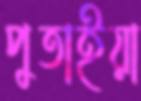
পুতাইয়া